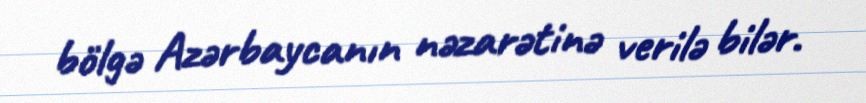
bölgə Azərbaycanın nəzarətinə verilə bilər.